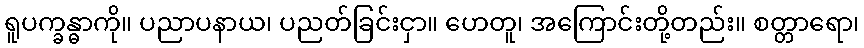
ရူပက္ခန္ဓာကို။ ပညာပနာယ၊ ပညတ်ခြင်းငှာ။ ဟေတူ၊ အကြောင်းတို့တည်း။ စတ္တာရော၊